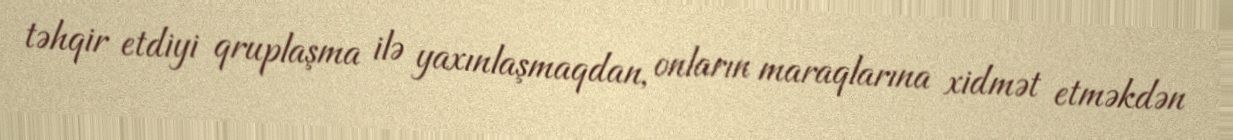
təhqir etdiyi qruplaşma ilə yaxınlaşmaqdan, onların maraqlarına xidmət etməkdən